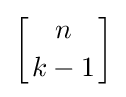
\left[{n \atop k-1}\right]